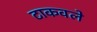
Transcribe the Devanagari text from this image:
टाकवले